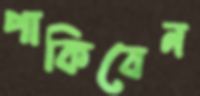
পাকিবেন